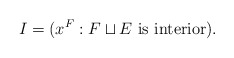
\begin{align*} I = (x^F : F \sqcup E \mbox{ is interior} ).\end{align*}